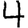
Digit: 4